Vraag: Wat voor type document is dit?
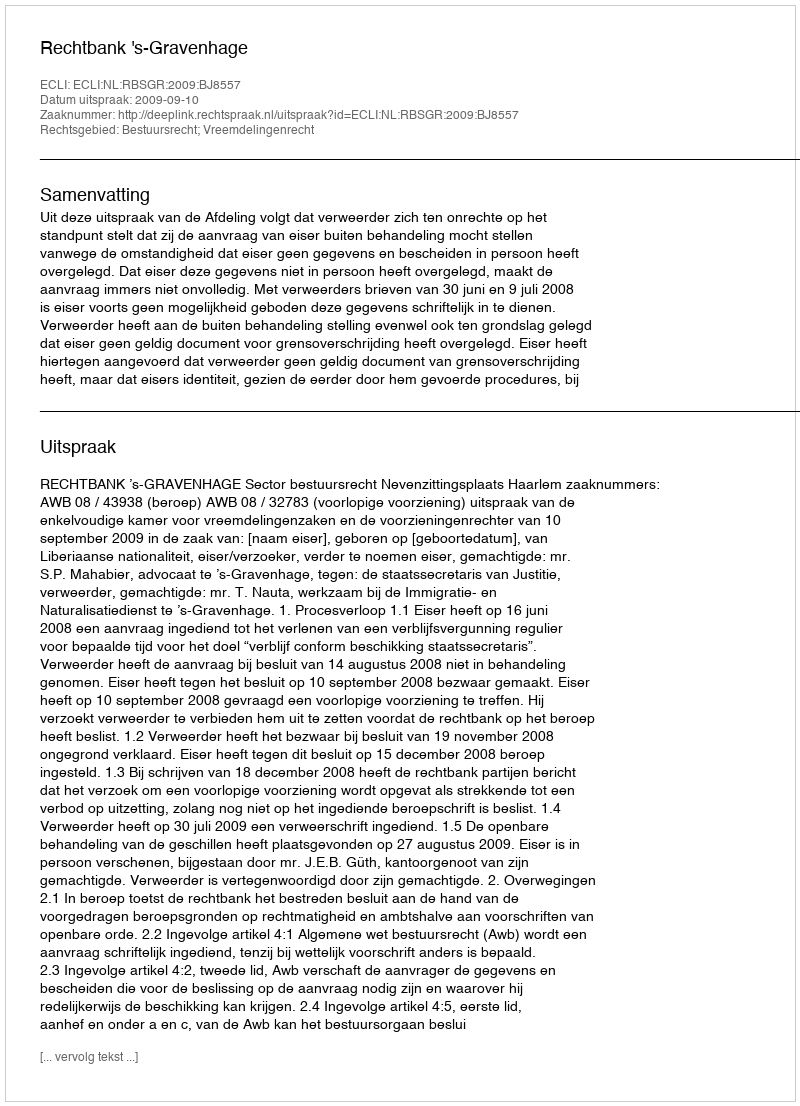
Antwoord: Uitspraak